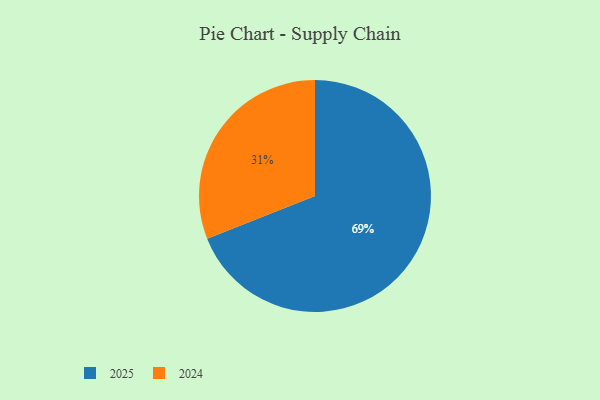
{"axis": {"x": "Category", "y": "Percentage"}, "legend": ["2024", "2025"], "data": [{"x": "2024", "y": 31, "type": "2024"}, {"x": "2025", "y": 69, "type": "2025"}]}